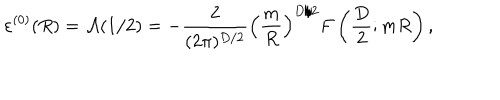
LaTeX: \varepsilon ^ { ( 0 ) } ( R ) = { \cal A } ( 1 / 2 ) = - \frac { 2 } { ( 2 \pi ) ^ { D / 2 } } \left( \frac { m } { R } \right) ^ { D / 2 } F \left( \frac { D } { 2 } ; m R \right) ,